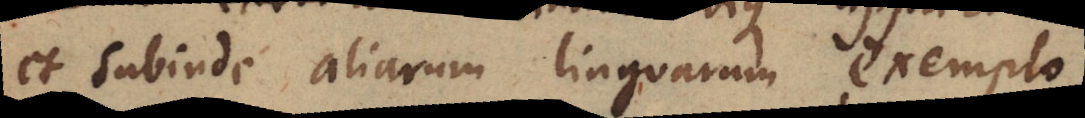
et subinde aliarum linguarum exemplo